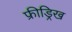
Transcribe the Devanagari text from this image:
फ्रीड्रिख